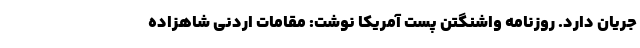
جریان دارد. روزنامه واشنگتن پست آمریکا نوشت: مقامات اردنی شاهزاده